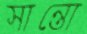
সান্তো